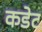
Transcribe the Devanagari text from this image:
कडेट